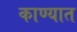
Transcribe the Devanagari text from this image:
काण्यात